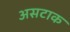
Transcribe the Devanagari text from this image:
असटाक